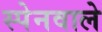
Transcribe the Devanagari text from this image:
स्पेनवाले